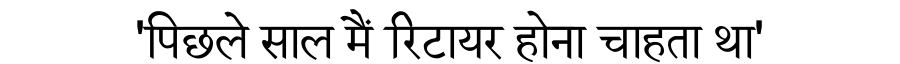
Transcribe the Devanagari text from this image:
'पिछले साल मैं रिटायर होना चाहता था'